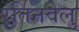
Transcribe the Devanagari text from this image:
रतिनवेलु